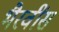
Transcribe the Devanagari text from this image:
भैरवींस